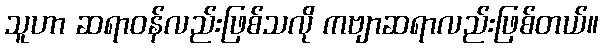
သူဟာ ဆရာဝန်လည်းဖြစ်သလို ကဗျာဆရာလည်းဖြစ်တယ်။